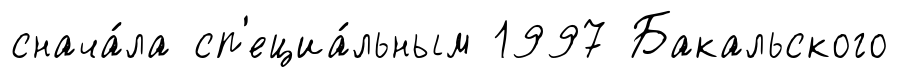
снача́ла сп'ециа́льным 1997 Бакальского